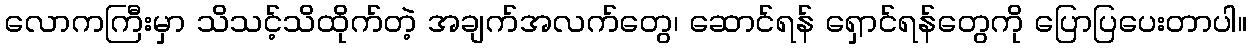
လောကကြီးမှာ သိသင့်သိထိုက်တဲ့ အချက်အလက်တွေ၊ ဆောင်ရန် ရှောင်ရန်တွေကို ပြောပြပေးတာပါ။